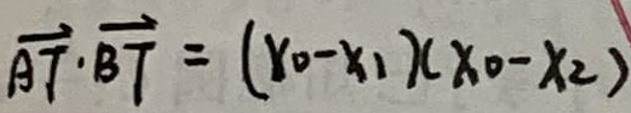
\(\overrightarrow{AT} \cdot \overrightarrow{BT} = ( y _ { 0 } - x _ { 1 } ) ( x _ { 0 } - x _ { 2 } )\)